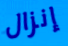
إنزال